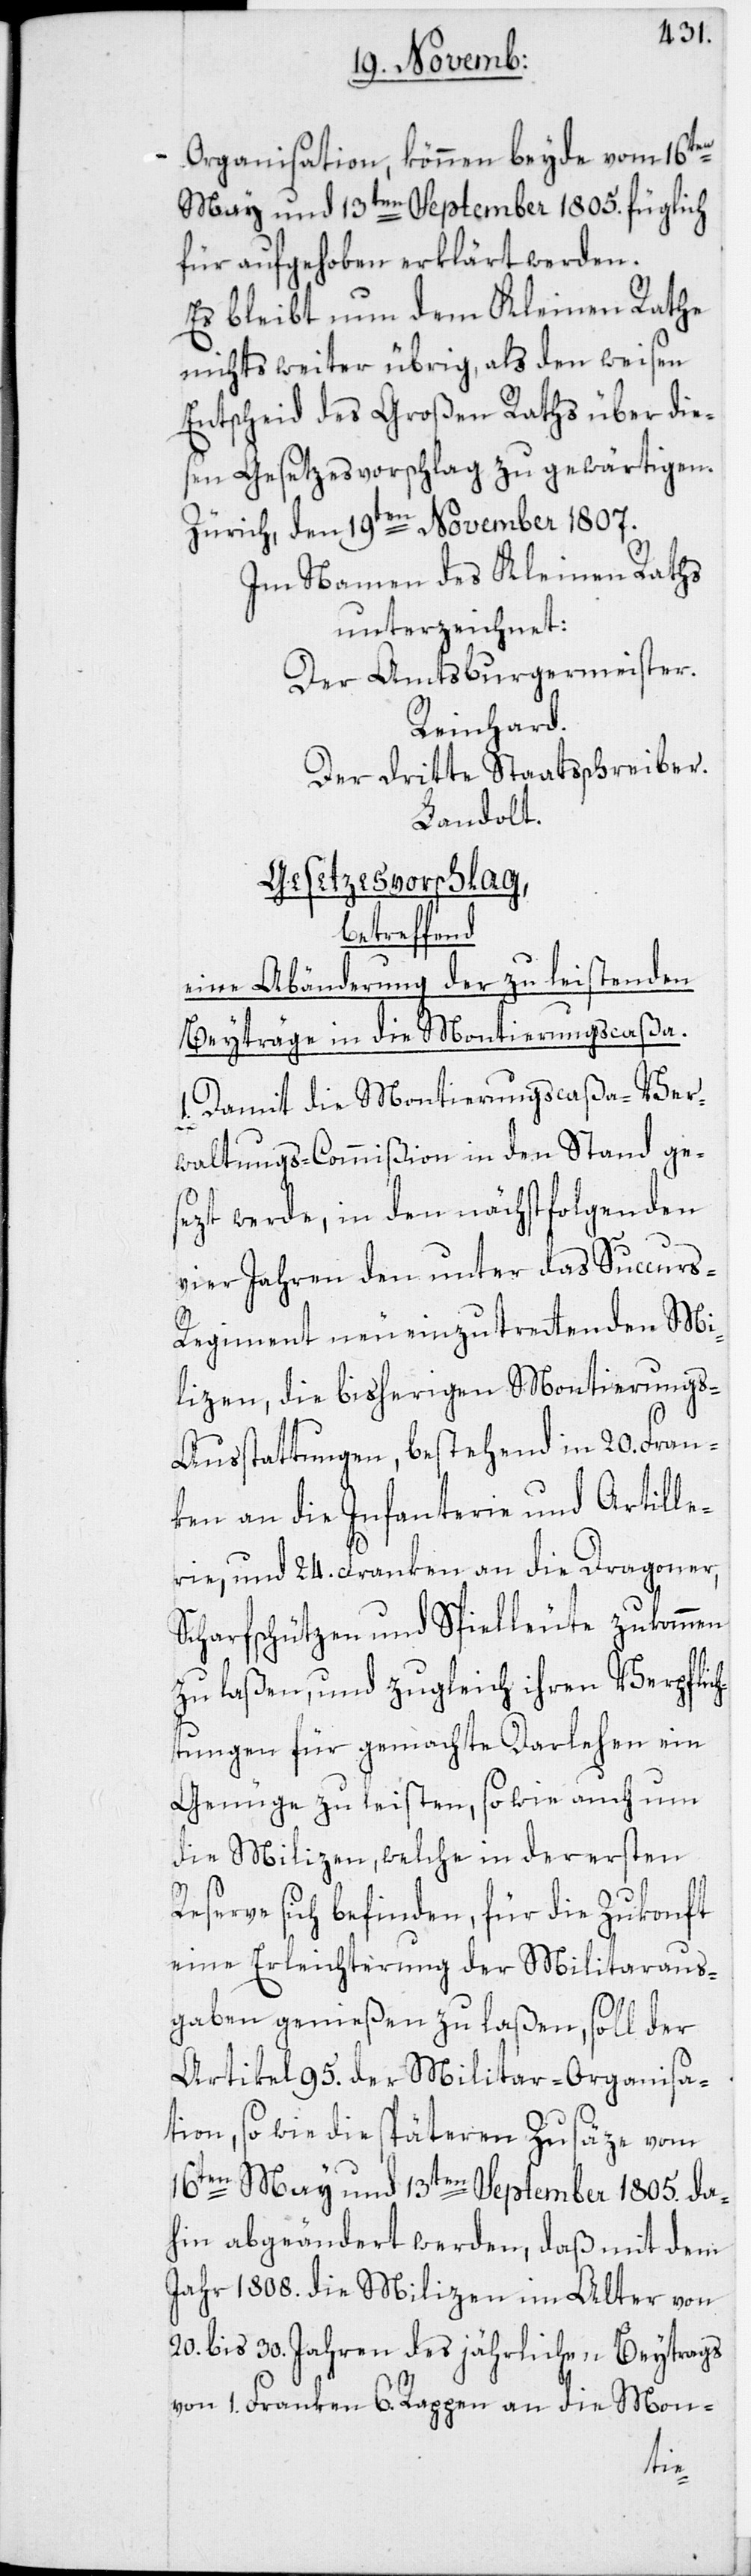
Organisation, können beyde vom 16ten
May und 13ten September 1805. füglich
für aufgehoben erklärt werden.
Es bleibt nun dem Kleinen Rathe
nichts weiter übrig, als den weisen
Entscheid des Großen Raths über die¬
sen Gesetzesvorschlag zu gewärtigen.
Zürich, den 19ten November 1807.
Im Namen des Kleinen Raths
unterzeichnet:
Der Amtsburgermeister.
Reinhard.
Der dritte Staatsschreiber.
Landolt.
Gesetzesvorschlag,
betreffend
eine Abänderung der zu leistenden
Beyträge in die Montierungscaßa.
Damit die Montierungscaßa-Ver¬
waltungs-Commißion in den Stand ge¬
sezt werde, in den nächstfolgenden
vier Jahren den unter das Succurs-R¬
egiment neu einzutrettenden Mi¬
lizen, die bisherigen Montierung¬
s-Ausstattungen, bestehend in 20. Fran¬
ken an die Infanterie und Artille¬
rie, und 24. Franken an die Dragoner,
Scharfschützen und Spielleute zukommen
zu laßen, und zugleich ihren Verpflic¬
htungen für gemachte Darlehen ein
Genüge zu leisten, so wie auch um
die Milizen, welche in der ersten
Reserve sich befinden, für die Zukonft
eine Erleichterung der Militaraus¬
gaben genießen zu laßen, soll der
Artikel 95. der Militar-Organisa¬
tion, so wie die späteren Zusäze vom
16ten May und 13ten September 1805. da¬
hin abgeändert werden, daß mit dem
Jahr 1808. die Milizen im Alter von
20. bis 30. Jahren des jährlichen Beytrags
von 1. Franken 6. Rappen an die Mon-